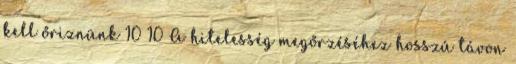
kell őriznünk 10 10 A hitelesség megőrzéséhez hosszú távon